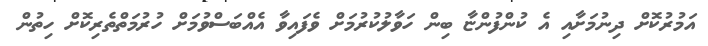
އަމުރުކޮށް ދިނުމަށާއި އެ ކުންފުންޏާ ބިން ހަވާލުކުރުމަށް ވެފައިވާ އެއްބަސްވުމަށް ހުރުމަތްތެރިކޮށް ހިތުން